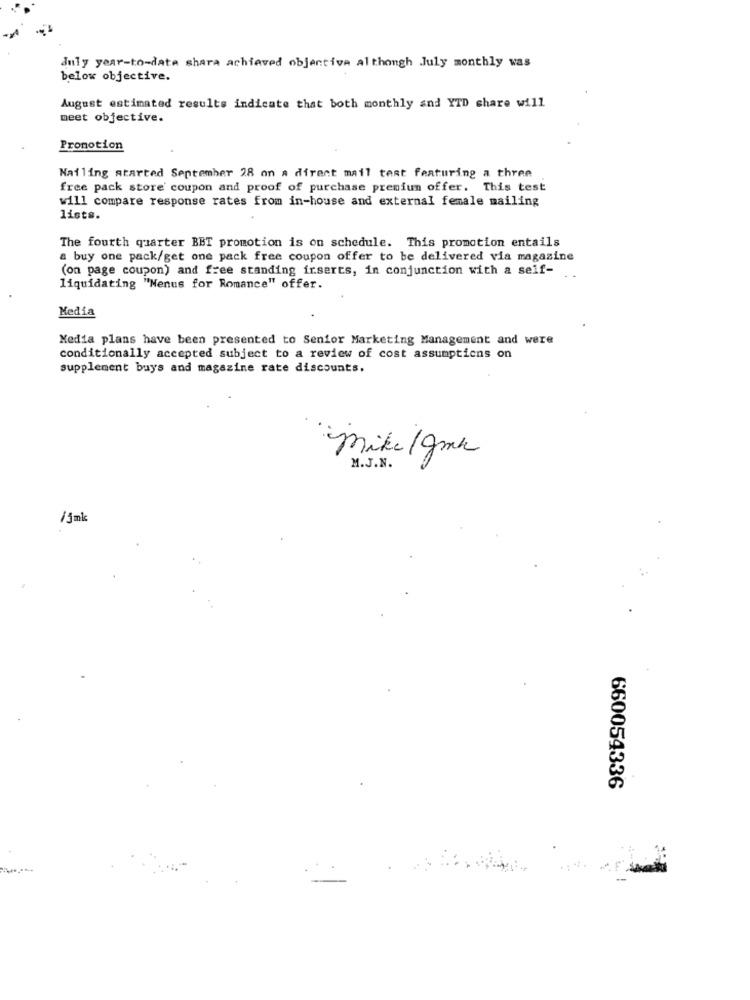
July year-to-date shara achieved objectiva although July monthly was
below objective.
August estimated results indicate that both monthly and YTD share will
meet objective.
Promotion
Nailing started September 28 on a direct mail test featuring a three
free pack store coupon and proof of purchase premium offer. This test
will compare response rates from in-house and external female mailing
lists.
The fourth quarter BBT promotion is on schedule. This promotion entails
a buy one pack/get one pack free coupon offer to be delivered via magazine
(on page coupon) and free standing irserts, in conjunction with a self-
liquidating "Nenus for Romance" offer.
Media
Media plans have been presented to Senior Marketing Management and were
conditionally accepted subject to a review of cost assumptions on
supplement buys and magazine rate discounts.
mike/gmk
M.J.N.
/1 mk
660054336